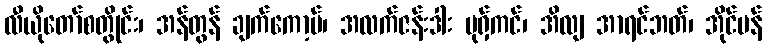
လီယိုတော်စတွိုင်း၊ အန်တွန် ချက်ကော့ဗ်၊ အလက်ဇန်းဒါး ပုရှ်ကင်၊ အိလျ အာရင်ဘတ်၊ အိုင်ဗန်